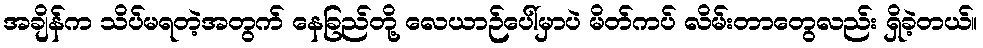
အချိန်က သိပ်မရတဲ့အတွက် နေခြည်တို့ လေယာဉ်ပေါ်မှာပဲ မိတ်ကပ် လိမ်းတာတွေလည်း ရှိခဲ့တယ်။